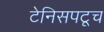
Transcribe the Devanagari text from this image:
टेनिसपटूच